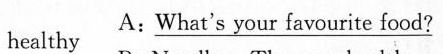
healthy A:\underline{What's your favourite food?}